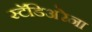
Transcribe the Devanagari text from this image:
स्टॅडिअरेना